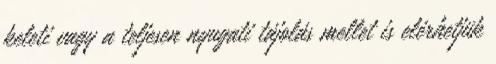
keleti vagy a teljesen nyugati tájolás mellet is elérhetjük